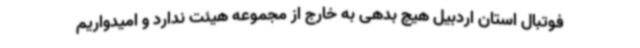
فوتبال استان اردبیل هیچ بدهی به خارج از مجموعه هیئت ندارد و امیدواریم